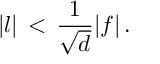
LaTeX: \vert l \vert \, < \, { \frac { 1 } { \sqrt { d } } } \vert f \vert \, .